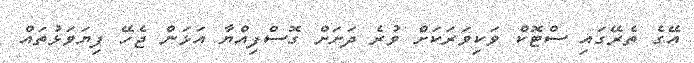
އޭގެ ތެރޭގައި ސްޓޮކް ވަކިވަރަކަށް ވުރެ ދަށަށް ގޮސްފިއްޔާ އަޅަން ޖެހޭ ފިޔަވަޅުތައް